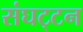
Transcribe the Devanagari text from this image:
संघट्‍टन